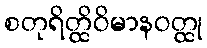
စတုရိတ္ထိဝိမာနဝတ္ထု